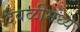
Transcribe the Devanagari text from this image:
देवळीमध्ये